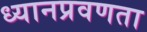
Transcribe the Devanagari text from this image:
ध्यानप्रवणता